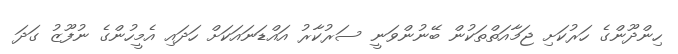
ހިންދޫންގެ ހަރުކަށި ޖަމާއަތްތަކުން ބޭނުންވަނީ ސަރުކާރު އައްޑަނައަކަށް ހަދައި އެމީހުންގެ ނުފޫޒު ގަދަ